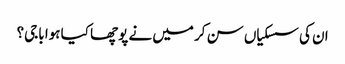
ان کی سسکیاں سن کر میں نے پوچھا کیا ہوا باجی؟